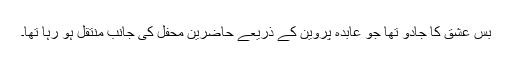
بس عشق کا جادو تھا جو عابدہ پروین کے ذریعے حاضرینِ محفل کی جانب منتقل ہو رہا تھا۔